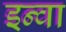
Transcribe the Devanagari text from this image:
इन्वा